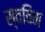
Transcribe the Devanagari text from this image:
स्वविम